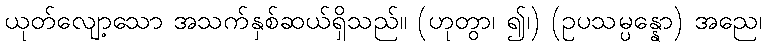
ယုတ်လျော့သော အသက်နှစ်ဆယ်ရှိသည်။ (ဟုတွာ၊ ၍၊) (ဥပသမ္ပန္နော) အညေ၊